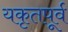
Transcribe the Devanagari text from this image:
यकृतपूर्व